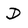
Character: D